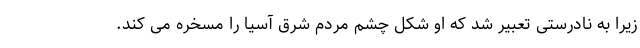
زیرا به نادرستی تعبیر شد که او شکل چشم مردم شرق آسیا را مسخره می کند.